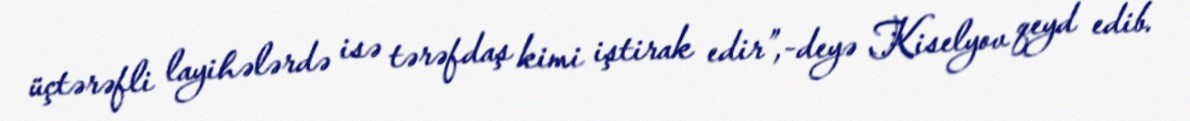
üçtərəfli layihələrdə isə tərəfdaş kimi iştirak edir”,-deyə Kiselyov qeyd edib.